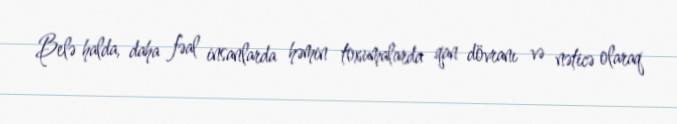
Belə halda, daha fəal insanlarda həmin toxumalarda qan dövranı və nəticə olaraq